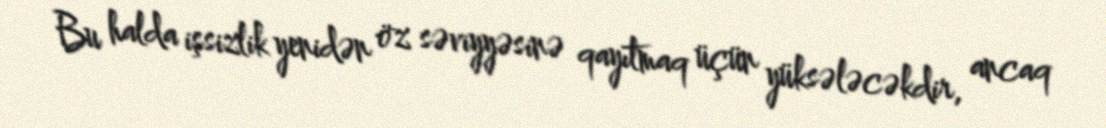
Bu halda işsizlik yenidən öz səviyyəsinə qayıtmaq üçün yüksələcəkdir, ancaq